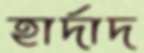
হার্দাদ